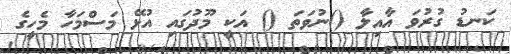
ކަނޑު ގުރުވަ އާއިލާ ()ނުވަތަ () އަކީ މޫދުގައި އުޅޭ މަސްމަހާ މެހީގެ